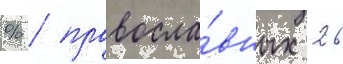
% / правосла́вных 26